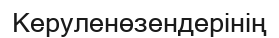
Керуленөзендерінің